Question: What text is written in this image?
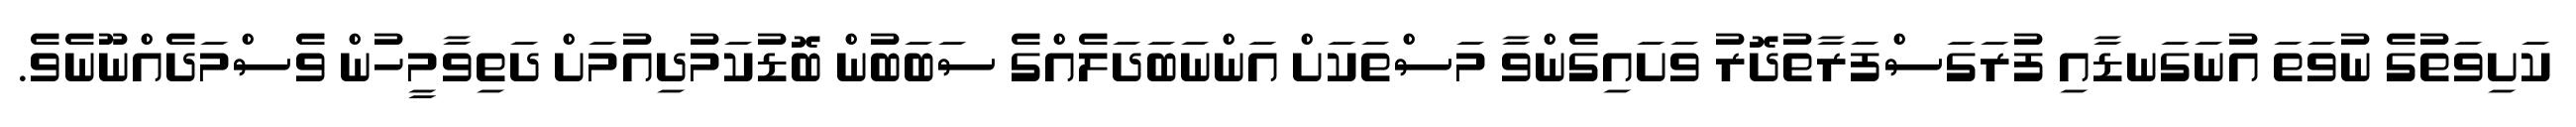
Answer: ކަށިވަތުގެ ނުވަތަ އުނަގަނޑާއި ފުރަގަސްފަރާތުދޮރު ވަށައިގެންވާ މަސްތަކަށް އަންނަބަދަލެއްގެ ސަބަބުން ބޮޑުކަމުދިއުމަށް ދަތިވާމީހުން ވެސްމަދެއްނޫނެވެ.